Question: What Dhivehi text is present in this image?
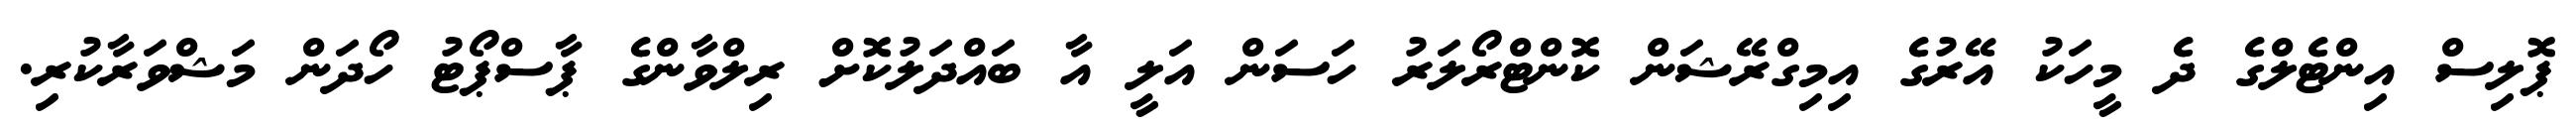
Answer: ޕޮލިސް އިންޓެލްގެ ދެ މީހަކު އޭރުގެ އިމިގްރޭޝަން ކޮންޓްރޯލަރު ހަސަން އަލީ އާ ބައްދަލުކޮށް ރިލްވާންގެ ޕާސްޕޯޓު ހޯދަން މަޝްވަރާކުރި.